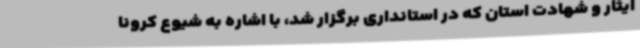
ایثار و شهادت استان که در استانداری برگزار شد، با اشاره به شیوع کرونا